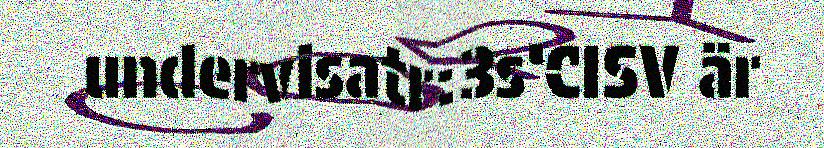
undervisatr:3s‘CISV är